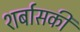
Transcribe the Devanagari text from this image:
शर्बासकी